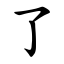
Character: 了